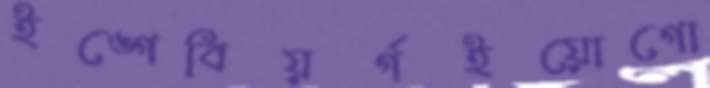
ইঙ্গেবিয়র্গইয়োগো